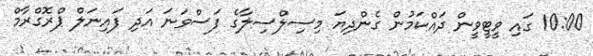
10:00 ގައި ވީޓީވީން ދައްކަމުން ގެންދިޔަ މިސިލްސިލާގެ ފަސްވަނަ އަދި ފައިނަލް ޕްރޮގްރާމް